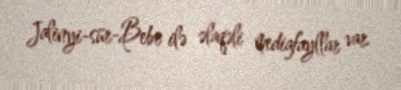
Jalinyi-sür-Bebr ilə əlaqəli mediafayllar var.